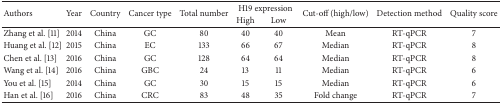
| <ROWSPAN=2> Authors | <ROWSPAN=2> Year | <ROWSPAN=2> Country | <ROWSPAN=2> Cancer type | <ROWSPAN=2> Total number | <COLSPAN=2> H19 expression | <ROWSPAN=2> Cut-off (high/low) | <ROWSPAN=2> Detection method | <ROWSPAN=2> Quality score |
 | High | Low |
 | --- | --- | --- | --- | --- | --- | --- | --- | --- | --- |
 | Zhang et al. [11] | 2014 | China | GC | 80 | 40 | 40 | Mean | RT-qPCR | 7 |
 | Huang et al. [12] | 2015 | China | EC | 133 | 66 | 67 | Median | RT-qPCR | 8 |
 | Chen et al. [13] | 2016 | China | GC | 128 | 64 | 64 | Median | RT-qPCR | 8 |
 | Wang et al. [14] | 2016 | China | GBC | 24 | 13 | 11 | Median | RT-qPCR | 6 |
 | You et al. [15] | 2014 | China | GC | 30 | 15 | 15 | Median | RT-qPCR | 6 |
 | Han et al. [16] | 2016 | China | CRC | 83 | 48 | 35 | Fold change | RT-qPCR | 7 |